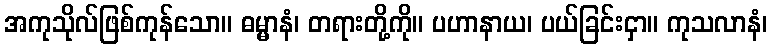
အကုသိုလ်ဖြစ်ကုန်သော။ ဓမ္မာနံ၊ တရားတို့ကို။ ပဟာနာယ၊ ပယ်ခြင်းငှာ။ ကုသလာနံ၊